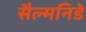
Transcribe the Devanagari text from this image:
सैल्मनिडे